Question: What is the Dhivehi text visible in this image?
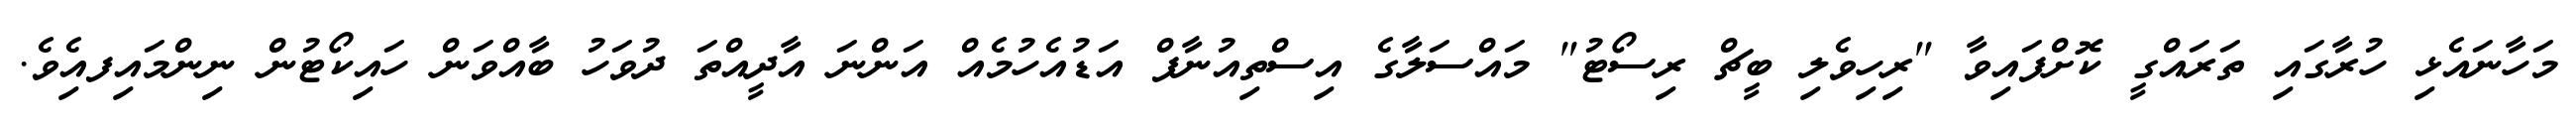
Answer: މަހާނައެޅި ހުރާގައި ތަރައްގީ ކޮށްފައިވާ "ރިހިވެލި ބީޗް ރިސޯޓު" މައްސަލާގެ އިސްތިއުނާފް އަޑުއެހުމެއް އަންނަ އާދީއްތަ ދުވަހު ބާއްވަން ހައިކޯޓުން ނިންމައިފއިެވެ.